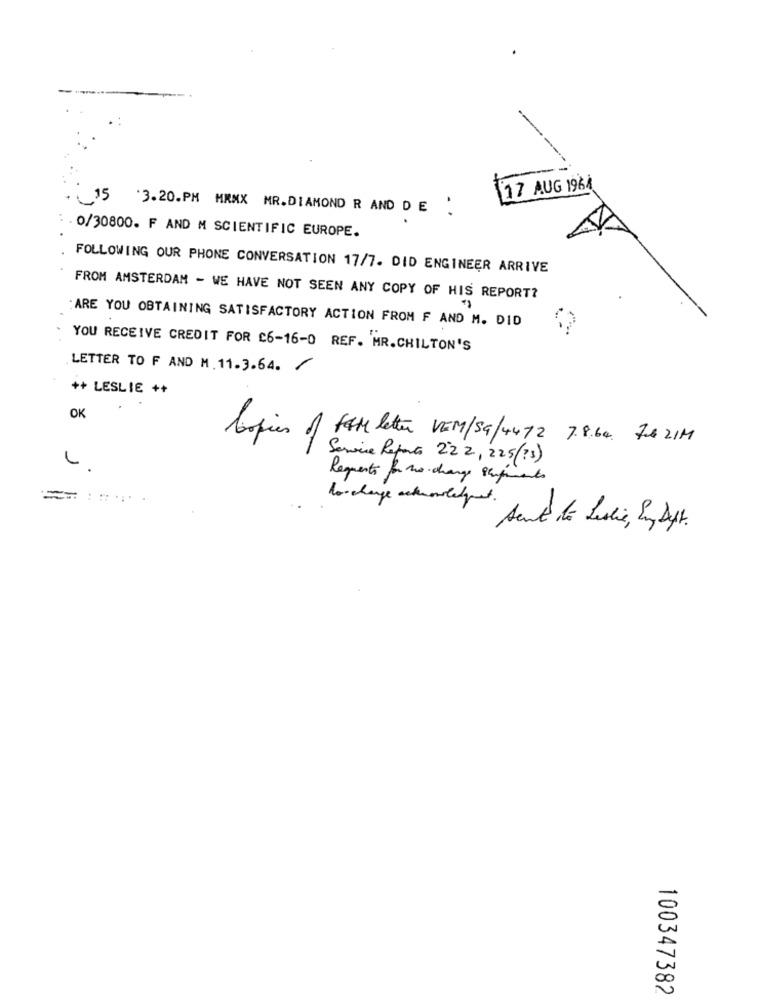
17 AUG 1961
3.20.PM MRMX MR. DIAMOND R AND D E '
: . 0/30800. F AND M SCIENTIFIC EUROPE.
FOLLOWING OUR PHONE CONVERSATION 17/7. DID ENGINEER ARRIVE
FROM AMSTERDAM - WE HAVE NOT SEEN ANY COPY OF HIS REPORT?
: ARE YOU OBTAINING SATISFACTORY ACTION FROM F AND M. DID
YOU RECEIVE CREDIT FOR C6-16-0 REF. MR. CHILTON'S
LETTER TO F AND M. 11.3.64.
++ LESLIE ++
OK
Copies of fame letter VEM/SG/4472 7.8.64. 76 21H
Service Reparto 222, 225(73)
L.
Requests for no change shipments
lorchange acknowledgement.
100347382